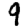
Digit: 9